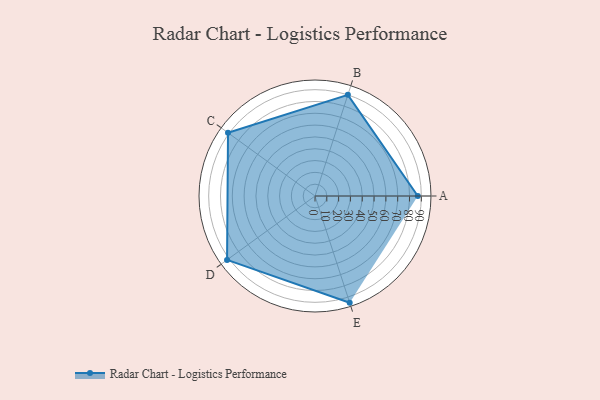
{"axis": {"x": "Skill", "y": "Score"}, "legend": ["Profile"], "data": [{"x": "A", "y": 87.0, "type": "Profile"}, {"x": "B", "y": 90.0, "type": "Profile"}, {"x": "C", "y": 91.0, "type": "Profile"}, {"x": "D", "y": 92.0, "type": "Profile"}, {"x": "E", "y": 95.0, "type": "Profile"}]}